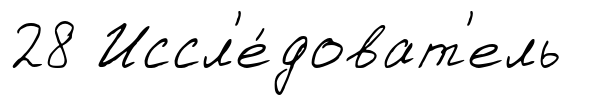
28 Иссл'е́доват'ель